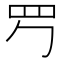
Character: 𦉶